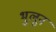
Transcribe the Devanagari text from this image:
भुलून